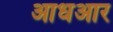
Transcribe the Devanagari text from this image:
आधआर